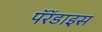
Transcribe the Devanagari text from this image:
पॅरॅडाइस